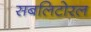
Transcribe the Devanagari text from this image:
सबलिटोरल